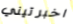
اخبرتيني